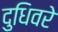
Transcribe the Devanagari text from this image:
दुधिवरे